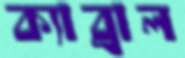
ক্যাব্রাল